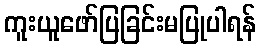
ကူးယူဖော်ပြခြင်းမပြုပါရန်